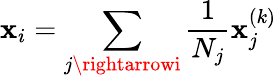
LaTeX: \mathbf{x}_{i}=\sum_{j\rightarrowi}{\frac{{1}}{{N_{j}}}}\mathbf{x}_{j}^{(k)}